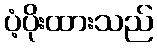
ပံ့ပိုးထားသည်